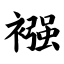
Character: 襁